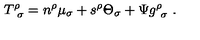
T _ { \ \sigma } ^ { \rho } = n ^ { \rho } \mu _ { \sigma } + s ^ { \rho } \Theta _ { \sigma } + \Psi g _ { \ \sigma } ^ { \rho } \ .